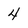
Character: 4